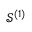
\mathcal { S } ^ { { ( 1 ) } }